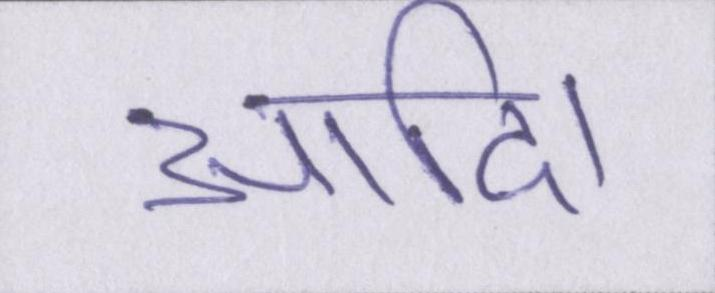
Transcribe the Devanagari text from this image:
आदि।